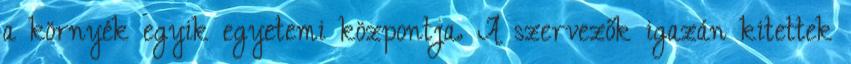
a környék egyik egyetemi központja. A szervezők igazán kitettek